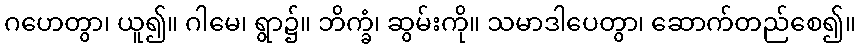
ဂဟေတွာ၊ ယူ၍။ ဂါမေ၊ ရွာ၌။ ဘိက္ခံ၊ ဆွမ်းကို။ သမာဒါပေတွာ၊ ဆောက်တည်စေ၍။